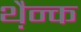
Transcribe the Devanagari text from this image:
थ़ैन्क